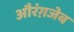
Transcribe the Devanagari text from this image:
औरंग़जेब